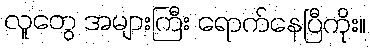
လူတွေ အများကြီး ရောက်နေပြီကိုး။